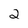
Character: 2